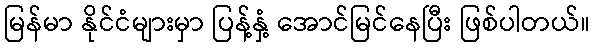
မြန်မာ နိုင်ငံများမှာ ပြန့်နှံ့ အောင်မြင်နေပြီး ဖြစ်ပါတယ်။